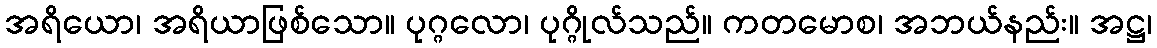
အရိယော၊ အရိယာဖြစ်သော။ ပုဂ္ဂလော၊ ပုဂ္ဂိုလ်သည်။ ကတမောစ၊ အဘယ်နည်း။ အဋ္ဌ၊